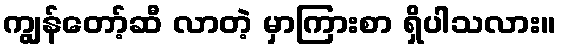
ကျွန်တော့်ဆီ လာတဲ့ မှာကြားစာ ရှိပါသလား။